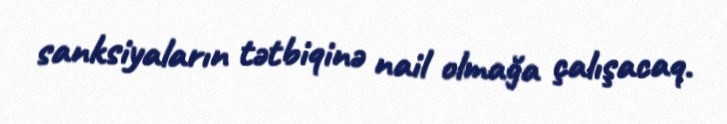
sanksiyaların tətbiqinə nail olmağa çalışacaq.